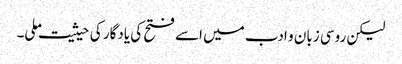
لیکن روسی زبان و ادب میں اسے فتح کی یادگار کی حیثیت ملی۔